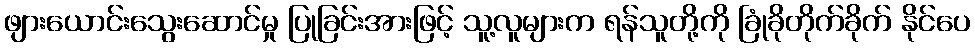
ဖျားယောင်းသွေးဆောင်မှု ပြုခြင်းအားဖြင့် သူ့လူများက ရန်သူတို့ကို ခြုံခိုတိုက်ခိုက် နိုင်ပေ